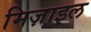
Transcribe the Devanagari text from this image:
मिज़ाइल